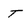
Character: T